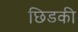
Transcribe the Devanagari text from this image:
छिडकी